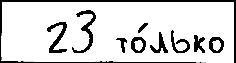
  23 то́лько